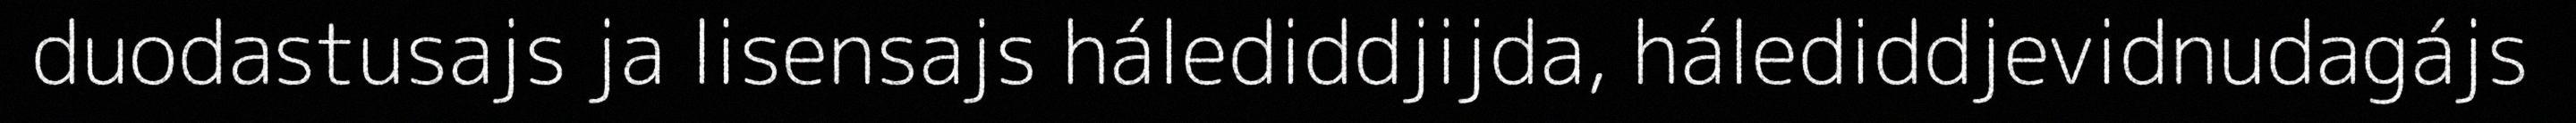
duodastusajs ja lisensajs hálediddjijda, hálediddjevidnudagájs